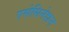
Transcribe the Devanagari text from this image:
एसेसिनेशन